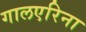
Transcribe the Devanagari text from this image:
गालएरिना